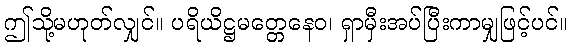
ဤသို့မဟုတ်လျှင်။ ပရိယိဋ္ဌမတ္တေနေဝ၊ ရှာမှီးအပ်ပြီးကာမျှဖြင့်ပင်။